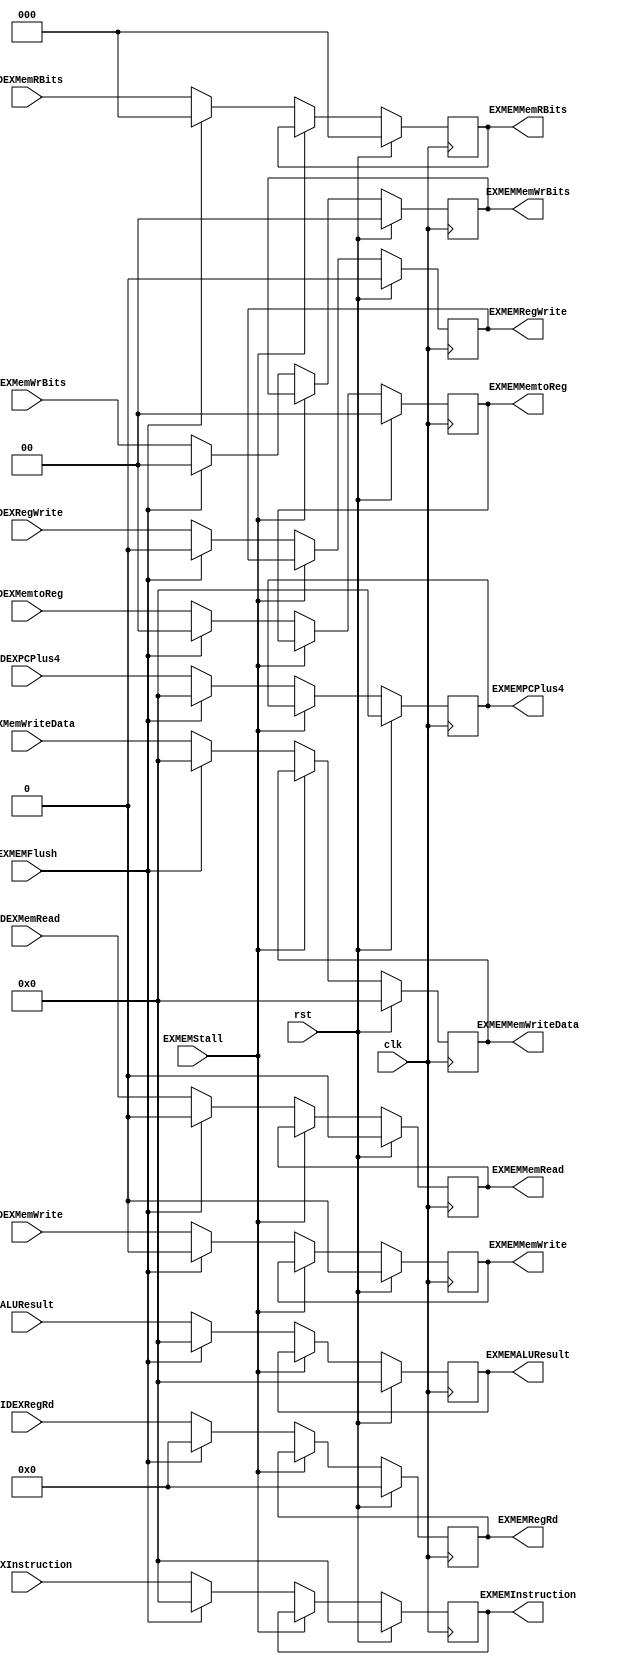
module EXMEMReg(
    input clk,
    input rst,
    input EXMEMStall,
    input EXMEMFlush,
    input [31:0] IDEXInstruction,
    output reg [31:0] EXMEMInstruction,
    input [31:0] IDEXPCPlus4,
    output reg [31:0] EXMEMPCPlus4,
    input [31:0] IDEXMemWriteData,
    output reg [31:0] EXMEMMemWriteData,
    input [31:0] ALUResult,
    output reg [31:0] EXMEMALUResult,
    input [4:0] IDEXRegRd,
    output reg [4:0] EXMEMRegRd,
    input IDEXRegWrite,
    output reg EXMEMRegWrite,
    input IDEXMemWrite,
    output reg EXMEMMemWrite,
    input [1:0] IDEXMemWrBits,
    output reg [1:0] EXMEMMemWrBits,
    input IDEXMemRead,
    output reg EXMEMMemRead,
    input [2:0] IDEXMemRBits,
    output reg [2:0] EXMEMMemRBits,
    input [1:0] IDEXMemtoReg,
    output reg [1:0] EXMEMMemtoReg
    );

initial
    begin
        EXMEMRegWrite <= 1'b0;
        EXMEMRegRd <= 5'b0;
        EXMEMPCPlus4 <= 32'b0;
        EXMEMMemWriteData <= 32'b0;
        EXMEMMemWrite<= 1'b0;
        EXMEMMemWrBits<= 2'b0;
        EXMEMMemtoReg<= 2'b0;
        EXMEMMemRead<= 1'b0;
        EXMEMMemRBits<= 3'b0;
        EXMEMInstruction<= 32'b0;
        EXMEMALUResult<= 32'b0;
    end

always @(posedge clk)
    begin
        if(rst)
        begin
        EXMEMRegWrite <= 1'b0;
        EXMEMRegRd <= 5'b0;
        EXMEMPCPlus4 <= 32'b0;
        EXMEMMemWriteData <= 32'b0;
        EXMEMMemWrite<= 1'b0;
        EXMEMMemWrBits<= 2'b0;
        EXMEMMemtoReg<= 2'b0;
        EXMEMMemRead<= 1'b0;
        EXMEMMemRBits<= 3'b0;
        EXMEMInstruction<= 32'b0;
        EXMEMALUResult<= 32'b0;
        end
        else if(!EXMEMStall)
            begin
                if(EXMEMFlush)
                    begin
                        EXMEMRegWrite <= 1'b0;
                        EXMEMRegRd <= 5'b0;
                        EXMEMPCPlus4 <= 32'b0;
                        EXMEMMemWriteData <= 32'b0;
                        EXMEMMemWrite<= 1'b0;
                        EXMEMMemWrBits<= 2'b0;
                        EXMEMMemtoReg<= 2'b0;
                        EXMEMMemRead<= 1'b0;
                        EXMEMMemRBits<= 3'b0;
                        EXMEMInstruction<= 32'b0;
                        EXMEMALUResult<= 32'b0;
                    end
                else
                    begin
                        EXMEMRegWrite <= IDEXRegWrite;
                        EXMEMRegRd <= IDEXRegRd;
                        EXMEMPCPlus4 <= IDEXPCPlus4;
                        EXMEMMemWriteData <= IDEXMemWriteData;
                        EXMEMMemWrite<= IDEXMemWrite;
                        EXMEMMemWrBits<= IDEXMemWrBits;
                        EXMEMMemtoReg<= IDEXMemtoReg;
                        EXMEMMemRead<= IDEXMemRead;
                        EXMEMMemRBits<= IDEXMemRBits;
                        EXMEMInstruction<= IDEXInstruction;
                        EXMEMALUResult<= ALUResult;
                    end
            end
    end


endmodule